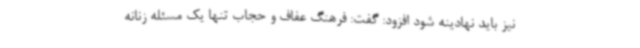
نیز باید نهادینه شود افزود: گفت: فرهنگ عفاف و حجاب تنها یک مسئله زنانه